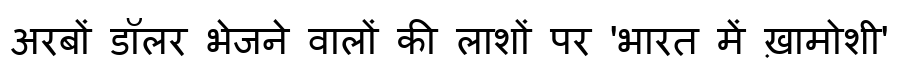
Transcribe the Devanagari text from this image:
अरबों डॉलर भेजने वालों की लाशों पर 'भारत में ख़ामोशी'